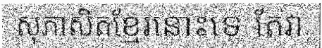
សុភាសិតខ្មែរនោះទេ តែវា